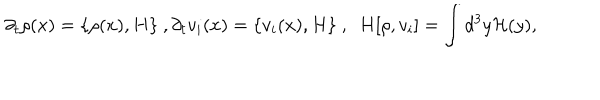
\partial _ { t } \rho ( x ) = \{ \rho ( x ) , H \} ~ , \partial _ { t } v _ { i } ( x ) = \{ v _ { i } ( x ) , H \} ~ , ~ ~ H [ \rho , v _ { i } ] = \int d ^ { 3 } y { \cal H } ( y ) ,